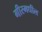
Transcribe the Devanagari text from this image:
गीरमधील